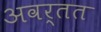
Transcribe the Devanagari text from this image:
अवर्तत